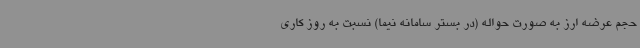
حجم عرضه ارز به صورت حواله (در بستر سامانه نیما) نسبت به روز کاری